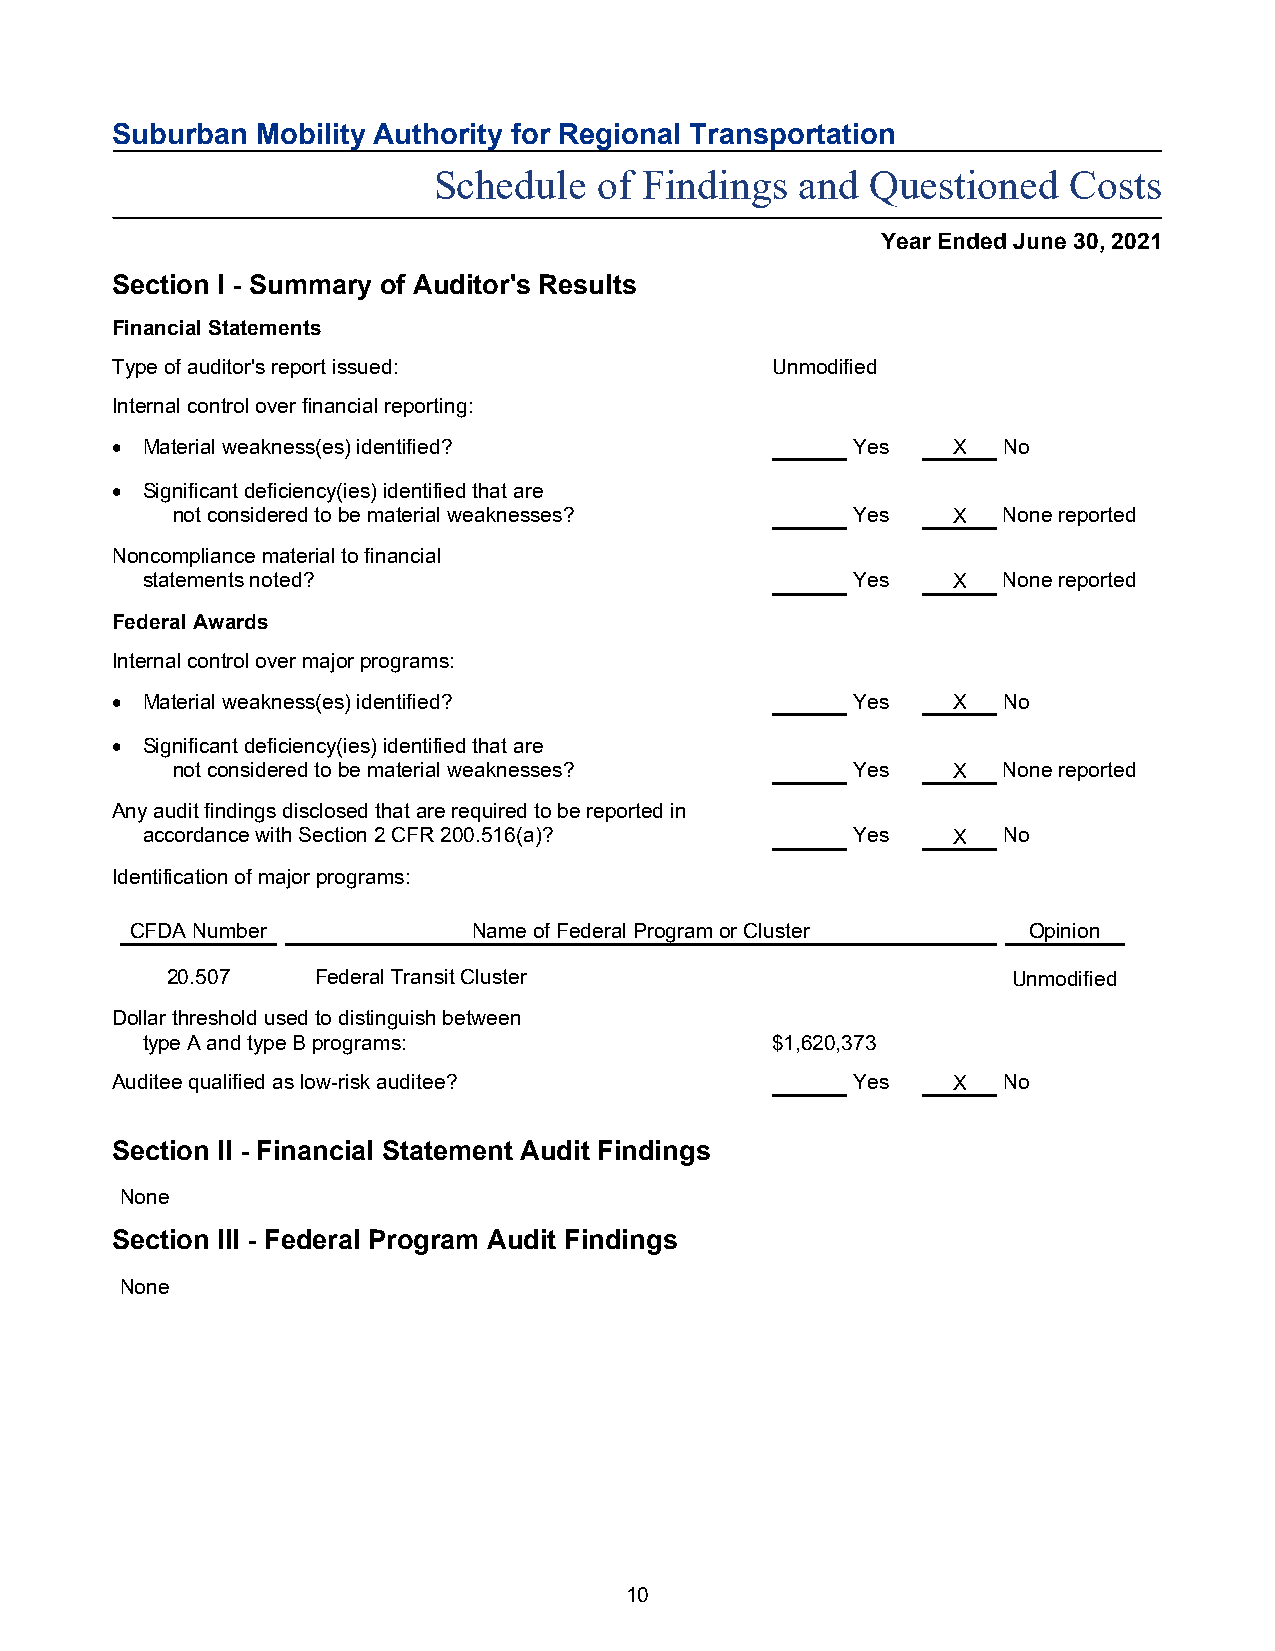
Suburban  Mobility Authority for Regional Transportation
 Schedule   of Findings  and  Questioned   Costs
 Year Ended June 30, 2021
 Section I - Summary of Auditor's Results
 Financial Statements
 Type of auditor's report issued:            Unmodified
 Internal control over financial reporting:
  Material weakness(es) identified?              Yes    X  No
  Significant deficiency(ies) identified that are
 not considered to be material weaknesses?    Yes    X  None reported
 Noncompliance material to financial
 statements noted?                              Yes    X  None reported
 Federal Awards
 Internal control over major programs:
  Material weakness(es) identified?              Yes    X  No
  Significant deficiency(ies) identified that are
 not considered to be material weaknesses?    Yes    X  None reported
 Any audit findings disclosed that are required to be reported in
 accordance with Section 2 CFR 200.516(a)?      Yes    X  No
 Identification of major programs:
 CFDA Number           Name of Federal Program or Cluster   Opinion
 20.507    Federal Transit Cluster                       Unmodified
 Dollar threshold used to distinguish between
 type A and type B programs:               $1,620,373
 Auditee qualified as low-risk auditee?           Yes    X  No
 Section II - Financial Statement Audit Findings
 None
 Section III - Federal Program Audit Findings
 None
 10